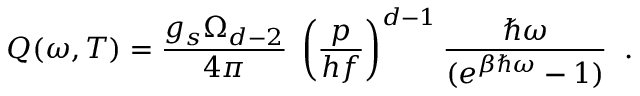
Q ( \omega , T ) = \frac { g _ { s } \Omega _ { d - 2 } } { 4 \pi } \; \left( \frac { p } { h f } \right) ^ { d - 1 } \frac { \hbar \omega } { ( e ^ { \beta \hbar \omega } - 1 ) } \; \; .